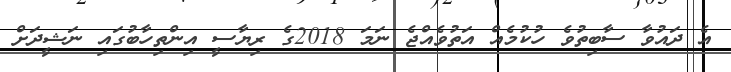
އެ ދައުވާ ސާބިތުވެ ހުކުމެއް އަތުވެއްޖެ ނަމަ 2018ގެ ރިޔާސީ އިންތިހާބުގައި ނަޝީދަށް